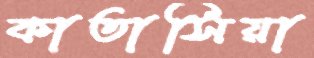
কাতাসিয়া